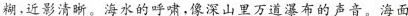
糊，近影清晰。海水的呼啸，像深山里万道瀑布的声音。海面